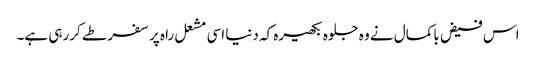
اس فیض باکمال نے وہ جلوہ بکھیرہ کہ دنیا اسی مشعل راہ پر سفر طے کررہی ہے۔